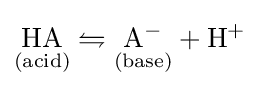
\mathrm {{\underset {(acid)}{HA}}\leftrightharpoons {\underset {(base)}{A^{-}}}+H^{+}}